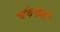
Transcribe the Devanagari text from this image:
चंदकलं